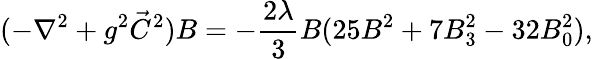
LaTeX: (-\nabla^{2}+g^{2}\vec{C}^{2})B=-{\frac{2\lambda}{3}}B(25B^{2}+7B_{3}^{2}-32B_{0}^{2}),